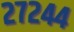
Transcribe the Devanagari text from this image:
२७२४४